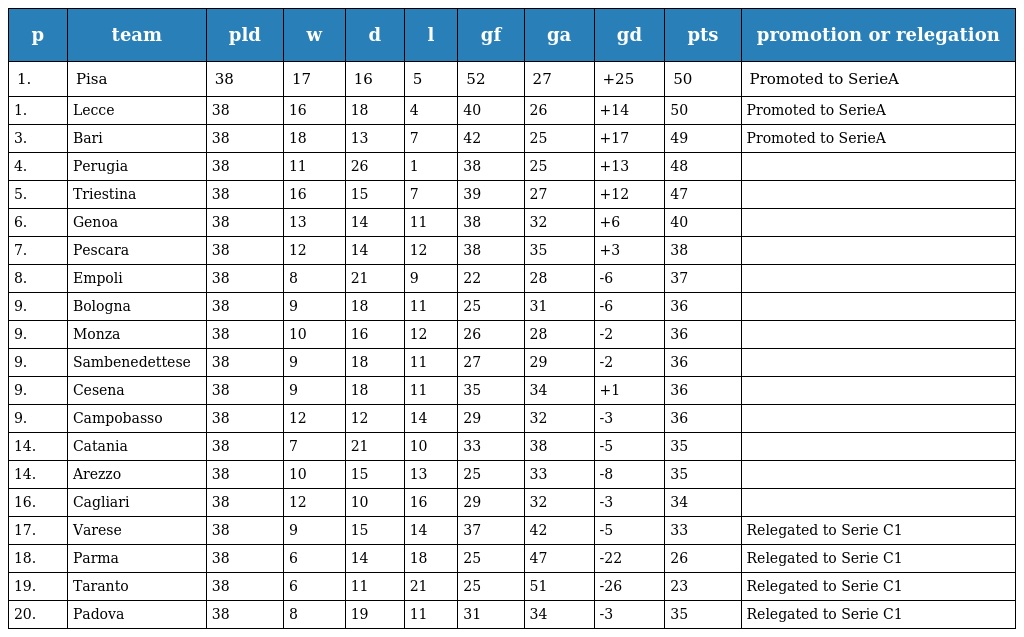
| p | team | pld | w | d | l | gf | ga | gd | pts | promotion or relegation |
 | --- | --- | --- | --- | --- | --- | --- | --- | --- | --- | --- |
 | 1. | Pisa | 38 | 17 | 16 | 5 | 52 | 27 | +25 | 50 | Promoted to SerieA |
 | 1. | Lecce | 38 | 16 | 18 | 4 | 40 | 26 | +14 | 50 | Promoted to SerieA |
 | 3. | Bari | 38 | 18 | 13 | 7 | 42 | 25 | +17 | 49 | Promoted to SerieA |
 | 4. | Perugia | 38 | 11 | 26 | 1 | 38 | 25 | +13 | 48 |  |
 | 5. | Triestina | 38 | 16 | 15 | 7 | 39 | 27 | +12 | 47 |  |
 | 6. | Genoa | 38 | 13 | 14 | 11 | 38 | 32 | +6 | 40 |  |
 | 7. | Pescara | 38 | 12 | 14 | 12 | 38 | 35 | +3 | 38 |  |
 | 8. | Empoli | 38 | 8 | 21 | 9 | 22 | 28 | -6 | 37 |  |
 | 9. | Bologna | 38 | 9 | 18 | 11 | 25 | 31 | -6 | 36 |  |
 | 9. | Monza | 38 | 10 | 16 | 12 | 26 | 28 | -2 | 36 |  |
 | 9. | Sambenedettese | 38 | 9 | 18 | 11 | 27 | 29 | -2 | 36 |  |
 | 9. | Cesena | 38 | 9 | 18 | 11 | 35 | 34 | +1 | 36 |  |
 | 9. | Campobasso | 38 | 12 | 12 | 14 | 29 | 32 | -3 | 36 |  |
 | 14. | Catania | 38 | 7 | 21 | 10 | 33 | 38 | -5 | 35 |  |
 | 14. | Arezzo | 38 | 10 | 15 | 13 | 25 | 33 | -8 | 35 |  |
 | 16. | Cagliari | 38 | 12 | 10 | 16 | 29 | 32 | -3 | 34 |  |
 | 17. | Varese | 38 | 9 | 15 | 14 | 37 | 42 | -5 | 33 | Relegated to Serie C1 |
 | 18. | Parma | 38 | 6 | 14 | 18 | 25 | 47 | -22 | 26 | Relegated to Serie C1 |
 | 19. | Taranto | 38 | 6 | 11 | 21 | 25 | 51 | -26 | 23 | Relegated to Serie C1 |
 | 20. | Padova | 38 | 8 | 19 | 11 | 31 | 34 | -3 | 35 | Relegated to Serie C1 |